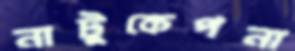
নাটুকেপনা